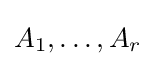
A_{1},\ldots ,A_{r}